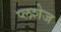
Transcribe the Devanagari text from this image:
प्लशेज